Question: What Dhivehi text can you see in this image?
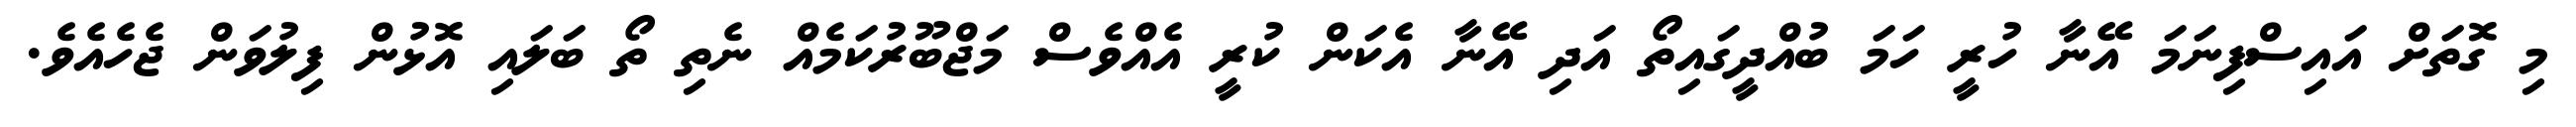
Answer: މި ގޮތަށް އައިސްފިނަމަ އޭނާ ހުރީ ހަމަ ބުއްދީގައިތޯ އަދި އޭނާ އެކަން ކުރީ އެއްވެސް މަޖްބޫރުކަމެއް ނެތި ތޯ ބަލައި އޮޅުން ފިލުވަން ޖެހެއެވެ.